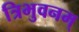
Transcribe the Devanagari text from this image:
त्रिभुवनम्